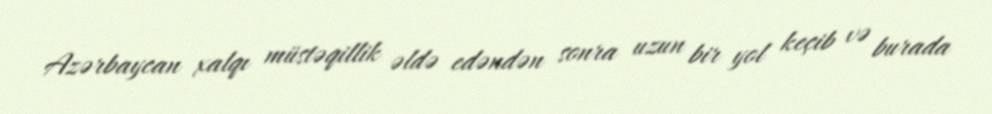
Azərbaycan xalqı müstəqillik əldə edəndən sonra uzun bir yol keçib və burada